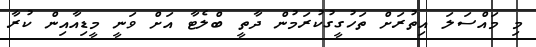
މި މައްސަލަ އިތުރަށް ތަހުގީގުކުރަމުން ދާތީ ބްލެޓާ އަށް ވަނީ މީޑިއާއިން ކުރާ